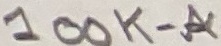
Text: 100K-A